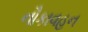
નૌકાવહન